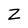
Character: Z